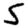
Digit: 5